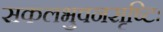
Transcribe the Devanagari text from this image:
सकलभुवनसृष्टिः